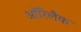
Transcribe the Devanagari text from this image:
ऑरिलैक